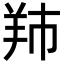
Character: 䍨